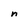
Character: n